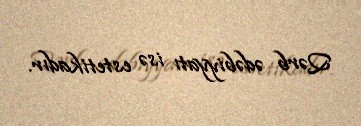
Qərb ədəbiyyatı isə estetikadır.